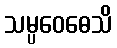
သမ္ပဝေဓေသိ